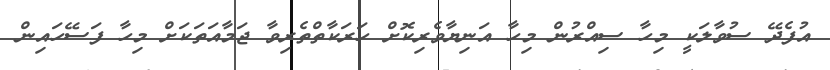
އުފެދޭ ސުވާލަކީ މިހާ ސިއްރުން މިހާ އަނިޔާވެރިކޮށް ހަރަކާތްތެރިވާ ޖަމާއަތަކަށް މިހާ ފަސޭހައިން